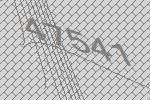
47541